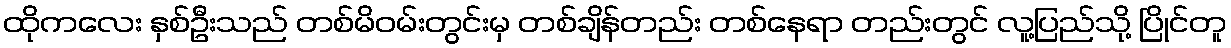
ထိုကလေး နှစ်ဦးသည် တစ်မိဝမ်းတွင်းမှ တစ်ချိန်တည်း တစ်နေရာ တည်းတွင် လူ့ပြည်သို့ ပြိုင်တူ